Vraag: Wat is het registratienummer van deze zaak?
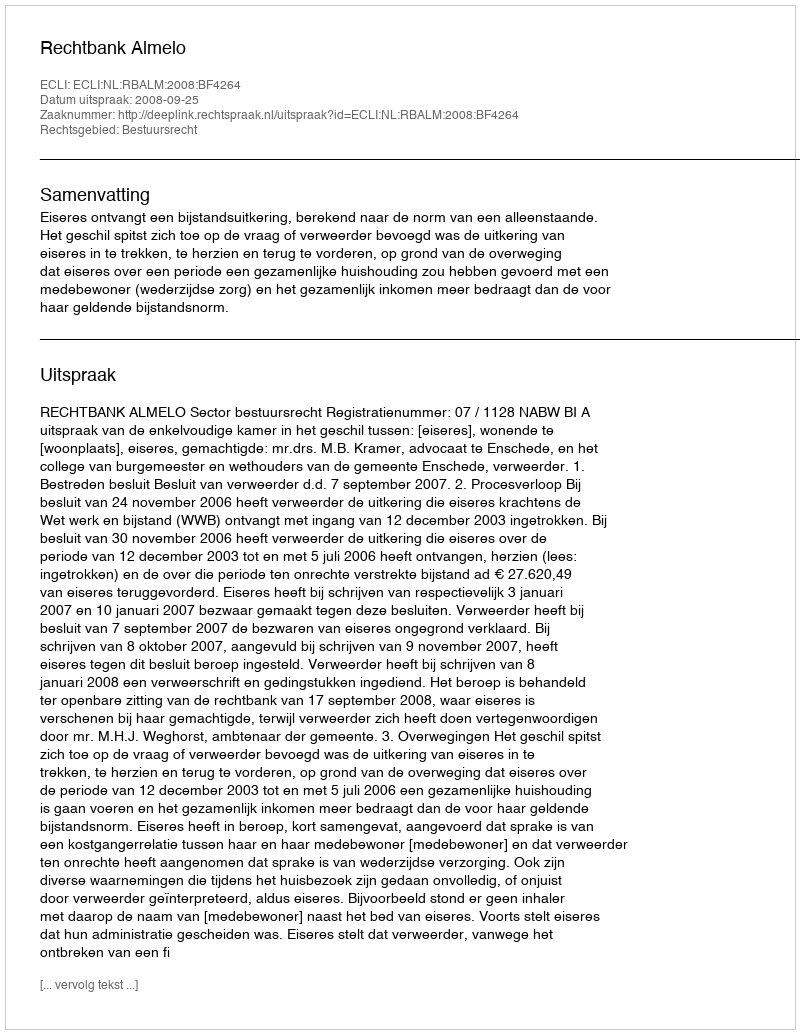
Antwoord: http://deeplink.rechtspraak.nl/uitspraak?id=ECLI:NL:RBALM:2008:BF4264